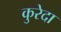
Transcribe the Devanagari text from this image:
कुरेदा